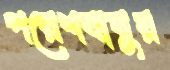
পরেশবাবুর